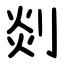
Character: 剡